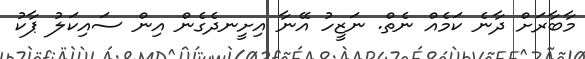
މާބާރަށް ދާނެ ކަމެއް ނެތް. ނަޒީހު އޭނާ އިށީނދެގެން އިން ސައިކަލު ޕާކު